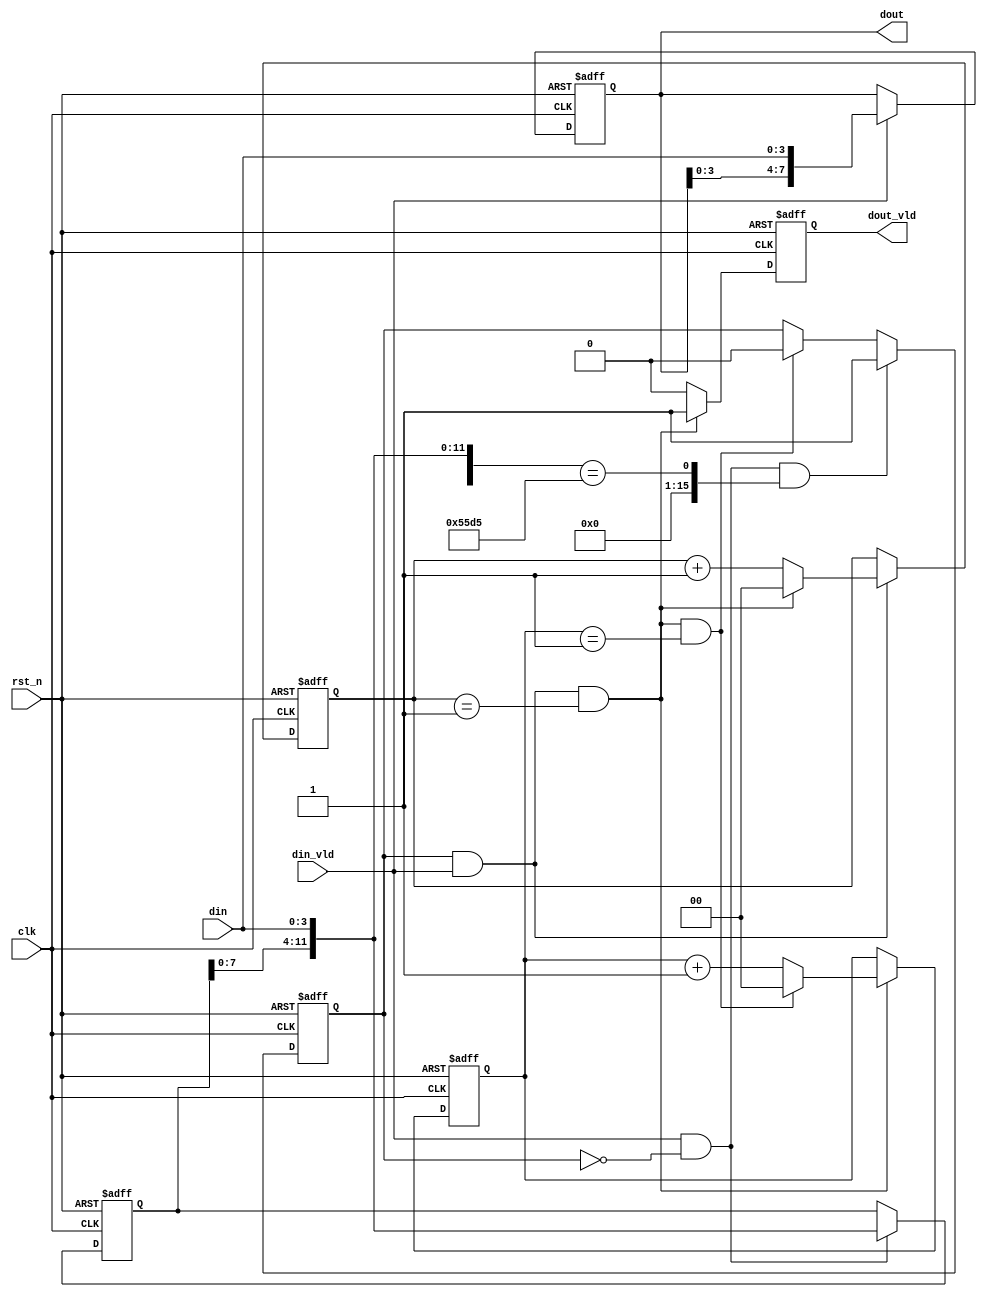
module opcode_dect(
    clk         ,
    rst_n       ,
    din         ,
    din_vld     ,

    dout_vld    ,
    dout
    );

    //
    parameter      DOUT_W =         8;
    parameter      DIN_W  =         4;

    //
    input               clk     ;
    input               rst_n   ;
    input[DIN_W-1:0]    din     ;
    input               din_vld ;

    wire [DIN_W-1:0]    din     ;
    wire                din_vld ;
    //
    output[DOUT_W-1:0]  dout    ;
    output              dout_vld;

    //reg
    reg   [DOUT_W-1:0]  dout    ;
    reg                 dout_vld;

    //
    reg      [2-1:0]           cnt0;
    wire                   add_cnt0;
    wire                   end_cnt0;

    reg      [2-1:0]           cnt1;
    wire                   add_cnt1;
    wire                   end_cnt1;

    reg      [11:0]         din_tmp;
    wire     [15:0]         din_top;
    reg                       flag ;

    always @(posedge clk or negedge rst_n)begin
        if(!rst_n)begin
            cnt0 <= 0;
        end
        else if(add_cnt0)begin
            if(end_cnt0)
                cnt0 <= 0;
            else
                cnt0 <= cnt0 + 1;
        end
    end

    assign add_cnt0 = flag&&din_vld;
    assign end_cnt0 = add_cnt0 && cnt0== 2-1;

    always @(posedge clk or negedge rst_n)begin 
        if(!rst_n)begin
            cnt1 <= 0;
        end
        else if(add_cnt1)begin
            if(end_cnt1)
                cnt1 <= 0;
            else
                cnt1 <= cnt1 + 1;
        end
    end

    assign add_cnt1 = end_cnt0;
    assign end_cnt1 = add_cnt1 && cnt1== 2-1;
    
    assign din_top = {din_tmp[11:0],din}==16'h55d5;    
    always  @(posedge clk or negedge rst_n)begin
        if(rst_n==1'b0)begin
            flag <= 0;
        end
        else if(din_vld&&flag==0&&din_top)begin
            flag <= 1;
        end
        else if(end_cnt1)begin
            flag <= 0;
        end
    end

    always  @(posedge clk or negedge rst_n)begin
        if(rst_n==1'b0)begin
            din_tmp <= 0;
        end
        else if(din_vld&&flag==0)begin
            din_tmp <= {din_tmp[7:0],din};
        end
    end

    always  @(posedge clk or negedge rst_n)begin
        if(rst_n==1'b0)begin
            dout <= 0;
        end
        else if(din_vld)begin
            dout <= {dout[3:0],din};
        end
    end

    always  @(posedge clk or negedge rst_n)begin
        if(rst_n==1'b0)begin
            dout_vld <= 1'b0;
        end
        else if(end_cnt0)begin
            dout_vld <= 1'b1;
        end
        else begin
            dout_vld <= 1'b0;
        end
    end
endmodule